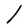
Character: l